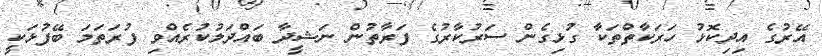
އޭރުގެ އިދިކޮޅު ހަރަކާތްތަކާ ގުޅިގެން ސަރުކާރުގެ ފަރާތުން ނަޝީދާ ބައްދަލުކުރެއްވި ފުރަތަމަ ބޭފުޅަކީ